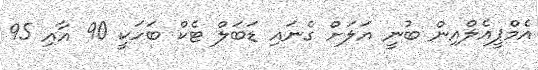
އެމްޕީއެލްއިން ބުނީ އަލަށް ގެނައި ޑަބަލް ޓެކް ބަހަކީ 90 އާއި 95